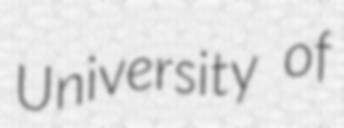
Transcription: University of